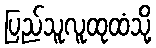
ပြည်သူလူထုထံသို့